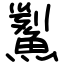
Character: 𩹒